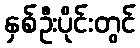
နှစ်ဦးပိုင်းတွင်